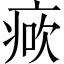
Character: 𤶺